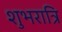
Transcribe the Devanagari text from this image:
शुभरात्रि